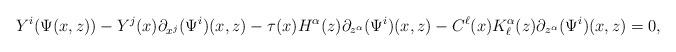
LaTeX: \begin{align*}Y^i(\Psi(x,z))-Y^j(x)\partial_{x^j}(\Psi^i)(x,z)-\tau(x) H^{\alpha}(z)\partial_{z^{\alpha}}(\Psi^i)(x,z)-C^{\ell}(x) K^{\alpha}_{\ell}(z)\partial_{z^{\alpha}}(\Psi^i)(x,z)=0,\end{align*}